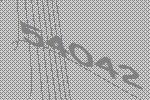
54042